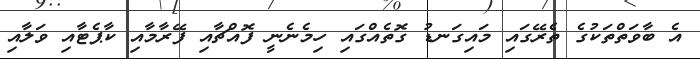
އެ ބާވަތްތަކުގެ ތެރޭގައި މައިގަނޑު ގޮތެއްގައި ހިމެނެނީ ފޮއްޗާއި ފޭރާމާއި ކާޕެޓާއި ވަލާއި